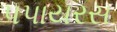
પપાયરસ